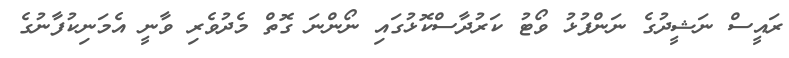
ރައީސް ނަޝީދުގެ ނަންފުޅު ވޯޓު ކަރުދާސްކޮޅުގައި ނޯންނަ ގޮތް މެދުވެރި ވާނީ އެމަނިކުފާނުގެ